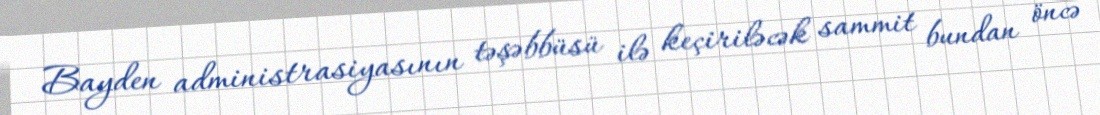
Bayden administrasiyasının təşəbbüsü ilə keçiriləcək sammit bundan öncə